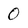
Character: 0